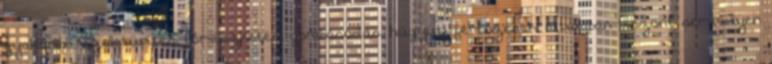
gyakoribb vizeletürítés, bőrviszketés, gombásodás, húgyúti fertőzések, általában viszont semmilyen